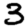
Digit: 3